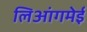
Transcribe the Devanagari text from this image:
लिआंगमेई